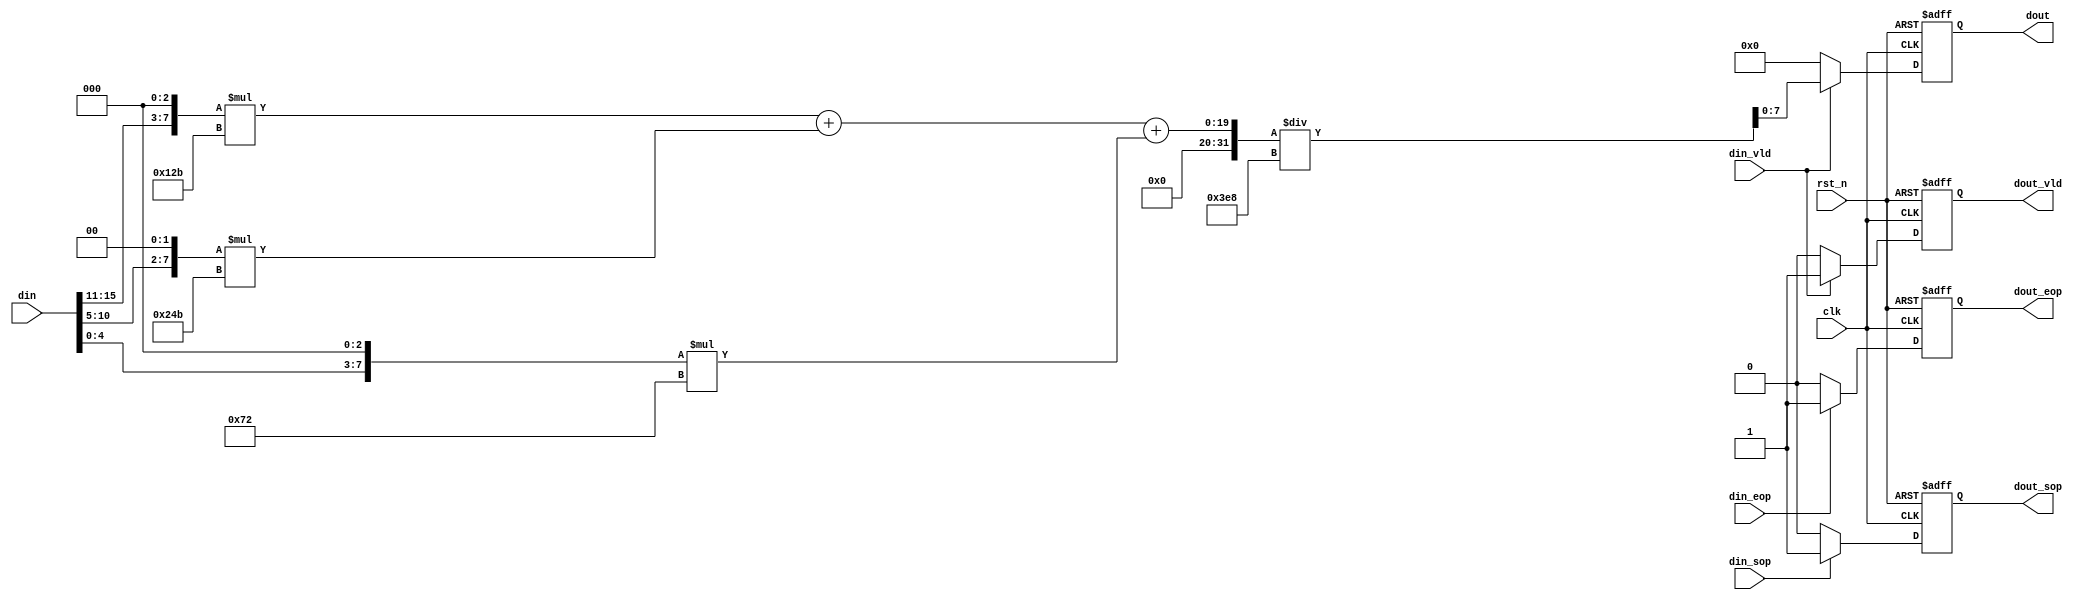
module rgb565_gray(
    clk         ,
    rst_n       ,
    din         ,
    din_vld     ,
    din_sop     ,
    din_eop     ,
    dout        ,
    dout_vld    ,
    dout_sop    ,
    dout_eop     
);

    input         clk     ;
    input         rst_n   ;
    input  [15:0] din     ;
    input         din_vld ;
    input         din_sop ;
    input         din_eop ;

    output wire  [7:0]  dout     ;
    output reg         dout_vld ;
    output reg         dout_sop ;
    output reg         dout_eop ;

    reg  [31:0]     dout_reg;
    wire [7:0]      r_8;
    wire [7:0]      g_8;
    wire [7:0]      b_8;
    

    assign r_8 = {din[15:11], 3'b000};
    assign g_8 = {din[10:5], 2'b00};
    assign b_8 = {din[4:0], 3'b000};

    always  @(posedge clk or negedge rst_n)begin
        if(rst_n==1'b0)begin
            dout_reg <= 32'h00;
        end
        else if(din_vld)begin
            dout_reg <= ((r_8 * 32'd299) + (g_8 * 32'd587) + (b_8 * 32'd114)) / 1000; 
        end
        else begin
            dout_reg <= 32'h00;
        end
    end

    assign dout = dout_reg[7:0];

    always  @(posedge clk or negedge rst_n)begin
        if(rst_n==1'b0)begin
            dout_vld <= 1'b0;
        end
        else if(din_vld)begin
            dout_vld <= 1'b1;
        end
        else begin
            dout_vld <= 1'b0;
        end
    end

    always  @(posedge clk or negedge rst_n)begin
        if(rst_n==1'b0)begin
            dout_sop <= 1'b0;
        end
        else if(din_sop)begin
            dout_sop <= 1'b1;
        end
        else begin
            dout_sop <= 1'b0;
        end
    end

    always  @(posedge clk or negedge rst_n)begin
        if(rst_n==1'b0)begin
            dout_eop <= 1'b0;
        end
        else if(din_eop)begin
            dout_eop <= 1'b1;
        end
        else begin
            dout_eop <= 1'b0;
        end
    end

endmodule